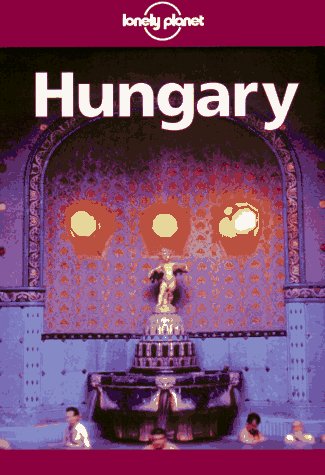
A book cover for Lonely Planet Hungary (2nd ed); Steve Fallon; Travel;